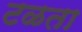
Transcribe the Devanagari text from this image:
टळता